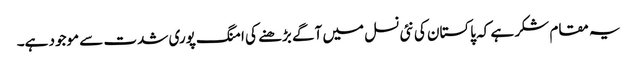
یہ مقام شکر ہے کہ پاکستان کی نئی نسل میں آگے بڑھنے کی امنگ پوری شدت سے موجود ہے۔